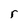
Character: r